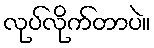
လုပ်လိုက်တာပဲ။